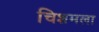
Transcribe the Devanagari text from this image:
चिशमला